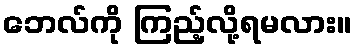
ဘေလ်ကို ကြည့်လို့ရမလား။